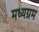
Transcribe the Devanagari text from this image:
मध्यग्रम